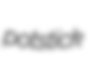
potstick